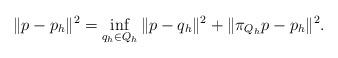
LaTeX: \begin{align*} \| p - p_h \|^2 = \inf_{q_h \in Q_h} \| p - q_h \|^2 + \| \pi_{Q_h} p - p_h \|^2. \end{align*}